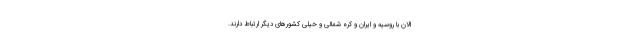
الان با روسیه و ایران و کره شمالی و خیلی کشورهای دیگر ارتباط دارند.